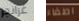
غرانجر اطفاء